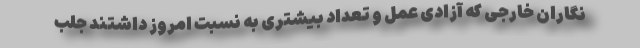
نگاران خارجی که آزادی عمل و تعداد بیشتری به نسبت امروز داشتند جلب